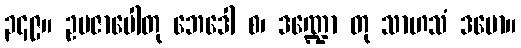
၃၄၉။ ဥပဇာပေါတု ဘေဒေါ စ၊ ဒဏ္ဍော တု သာဟသံ ဒမော။